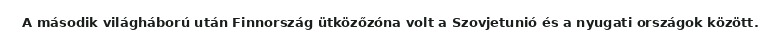
A második világháború után Finnország ütközőzóna volt a Szovjetunió és a nyugati országok között.